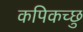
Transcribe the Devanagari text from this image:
कपिकच्छु